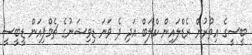
ބީސީގެ އިތުރުން ރެޑްލައިން ކްލަބް އަދި ދެ ވަނަ ޑިވިޝަނުގެ ޗެމްޕިއަން ޑީބީސީ